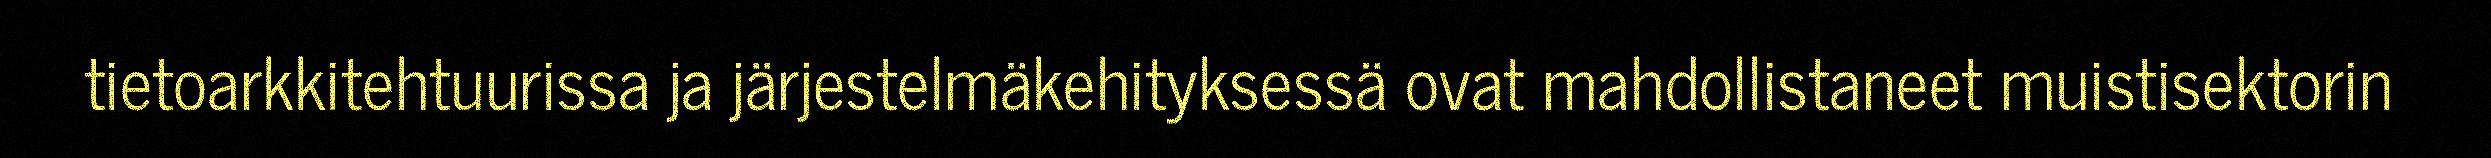
tietoarkkitehtuurissa ja järjestelmäkehityksessä ovat mahdollistaneet muistisektorin